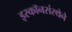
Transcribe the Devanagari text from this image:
इस्कॉनसंस्थेने